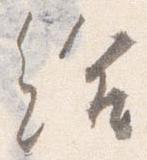
給